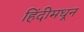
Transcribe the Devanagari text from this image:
हिंदीमधून